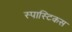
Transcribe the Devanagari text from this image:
स्पास्टिकस